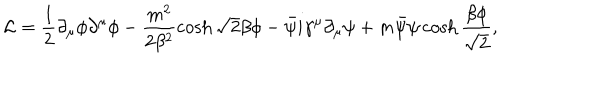
{ \cal L } = \frac 1 2 \partial _ { \mu } \phi \partial ^ { \mu } \phi - \frac { m ^ { 2 } } { 2 \beta ^ { 2 } } \cosh \sqrt 2 \beta \phi - \bar { \psi } i \gamma ^ { \mu } \partial _ { \mu } \psi + m \bar { \psi } \psi \cosh \frac { \beta \phi } { \sqrt 2 } ,